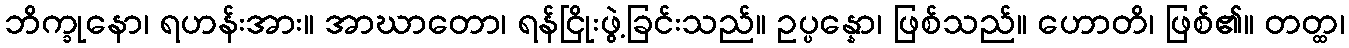
ဘိက္ခုနော၊ ရဟန်းအား။ အာဃာတော၊ ရန်ငြိုးဖွဲ့ခြင်းသည်။ ဥပ္ပန္နော၊ ဖြစ်သည်။ ဟောတိ၊ ဖြစ်၏။ တတ္ထ၊